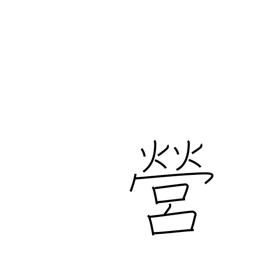
Meaning: perform